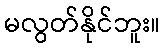
မလွတ်နိုင်ဘူး။